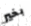
بخير